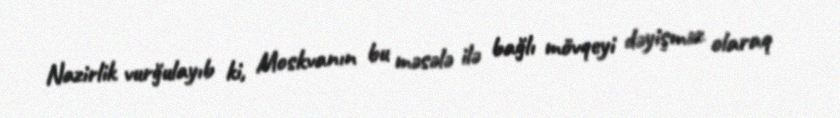
Nazirlik vurğulayıb ki, Moskvanın bu məsələ ilə bağlı mövqeyi dəyişməz olaraq